65_HS1-834228961_62-HQ-83894_Section_1
Agency: FBI
Page 134
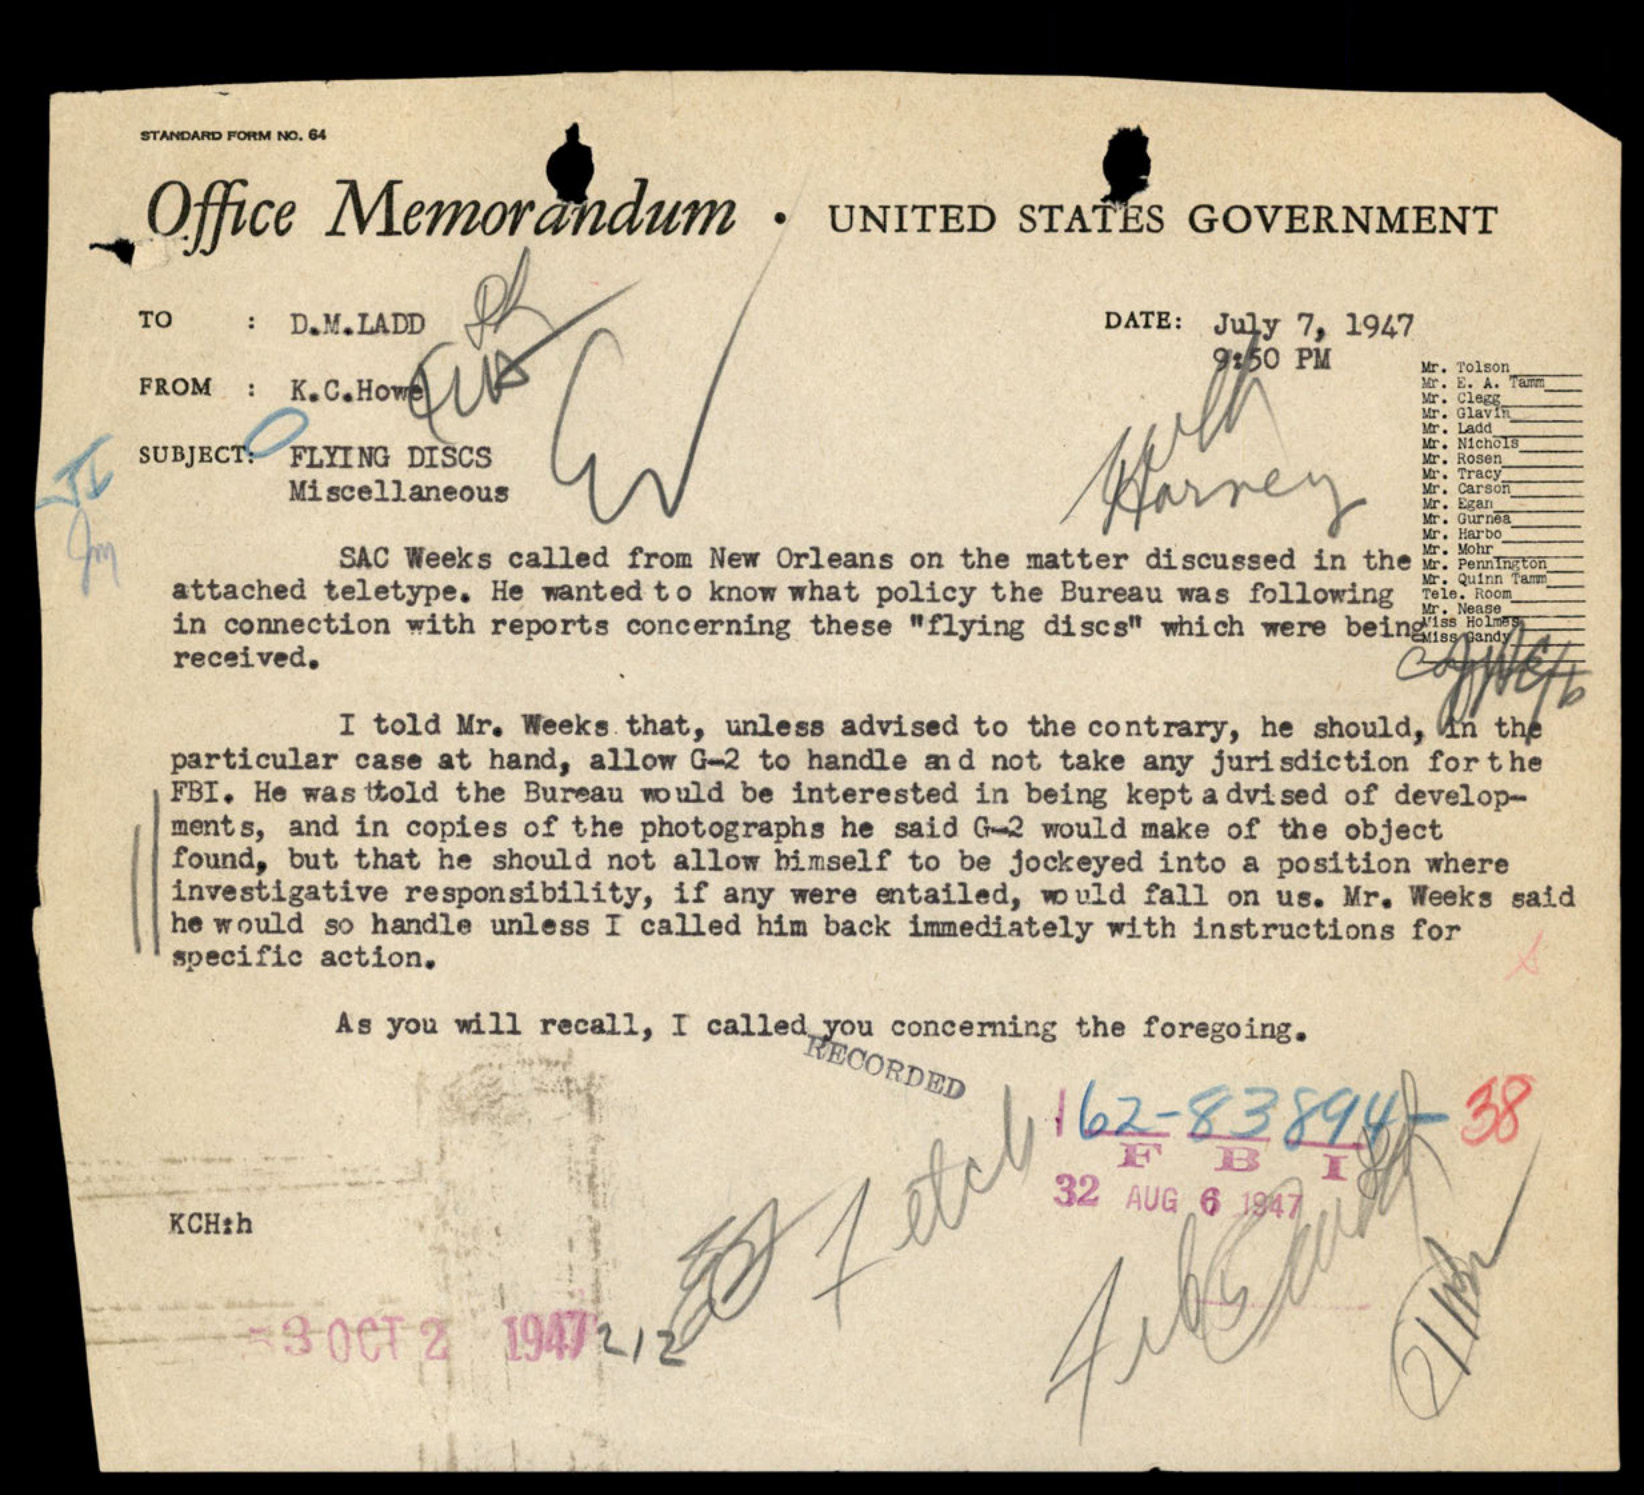